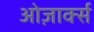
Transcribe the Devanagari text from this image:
ओज़ार्क्स